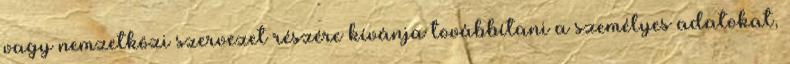
vagy nemzetközi szervezet részére kívánja továbbítani a személyes adatokat,